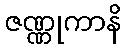
ဇဏ္ဏုကာနိ